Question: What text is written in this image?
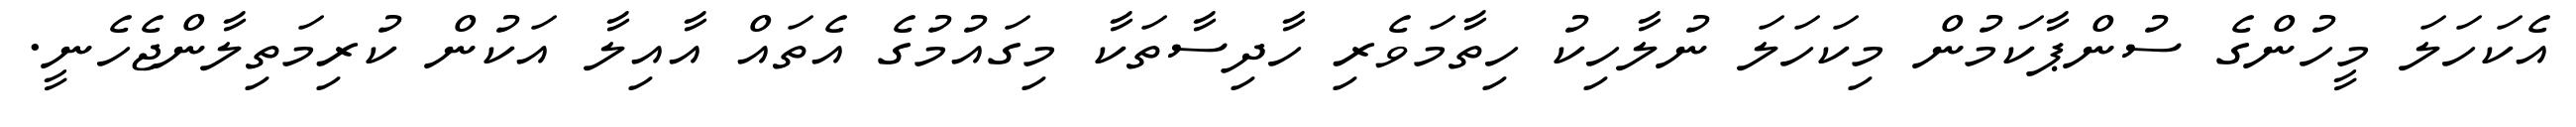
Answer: އެކަހަލަ މީހުންގެ ސުންޕާކަމުން މިކަހަލަ ނުލާހިކު ހިތާމަވެރި ހާދިސާތަކާ މިގައުމުގެ އެތައް އާއިލާ އަކުން ކުރިމަތިލާންޖެހެނީ.